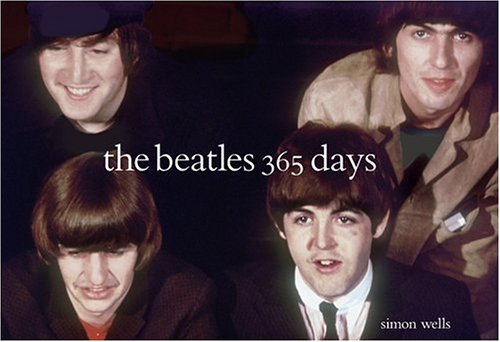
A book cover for The Beatles: 365 Days; Simon Wells; Humor & Entertainment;